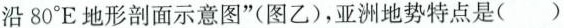
沿80°E地形剖面示意图”(图乙)，亚洲地势特点是()